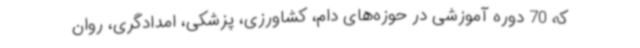
که 70 دوره آموزشی در حوزه‌های دام، کشاورزی، پزشکی، امدادگری، روان